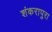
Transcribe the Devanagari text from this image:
शंकरापुरा